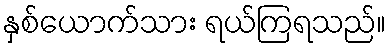
နှစ်ယောက်သား ရယ်ကြရသည်။